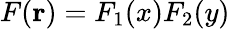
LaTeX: F(\mathbf{r})=F_{1}(x)F_{2}(y)